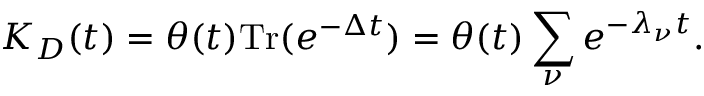
K _ { D } ( t ) = \theta ( t ) \mathrm { T r } ( e ^ { - \Delta t } ) = \theta ( t ) \sum _ { \nu } e ^ { - \lambda _ { \nu } t } .